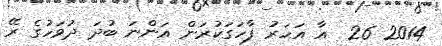
2014 26  އާ އަހަރު ފާހަގަކުރަން އަންނަ ބުދަ ދުވަހުގެ ރޭ